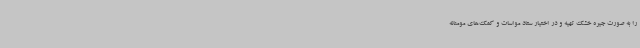
را به صورت جیره خشک تهیه و در اختیار ستاد مواسات و کمک‌های مومنانه